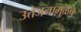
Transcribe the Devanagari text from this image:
उत्तेजनामुळेच